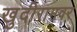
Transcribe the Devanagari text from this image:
खुदीरामवर